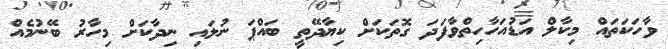
ވާހަކަތައް މިކާލް އަޑުއަހާހިތްވާފަދަ ގޮތަކަށް ކިޔާދޭތީ ބައްޕަ ނުލައި ނިދާކަށް މިހާރު ބޭނުމެއް